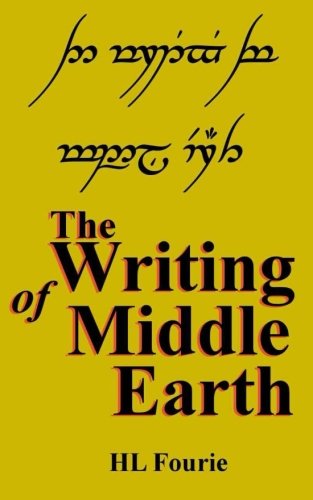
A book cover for The Writing of Middle Earth: How to write the script of the Hobbits, Dwarves and Elves; HL Fourie; Science Fiction & Fantasy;